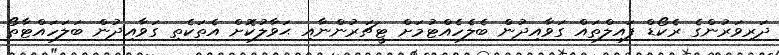
ދަރިވަރުންގެ ރެކޯޑް ފައިލްތައް ގަވާއިދުން ބެލެހެއްޓުމަށް ޓީޗަރުންނާއި ޙަވާލުކޮށް އެތަކެތި ގަވާއިދުން ބަލަހައްޓާތޯ